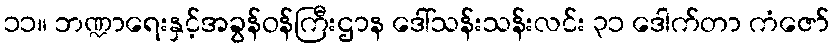
၁၁။ ဘဏ္ဍာရေးနှင့်အခွန်ဝန်ကြီးဌာန ဒေါ်သန်းသန်းလင်း ၃၁ ဒေါက်တာ ကံဇော်